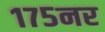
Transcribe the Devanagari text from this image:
१७५नर